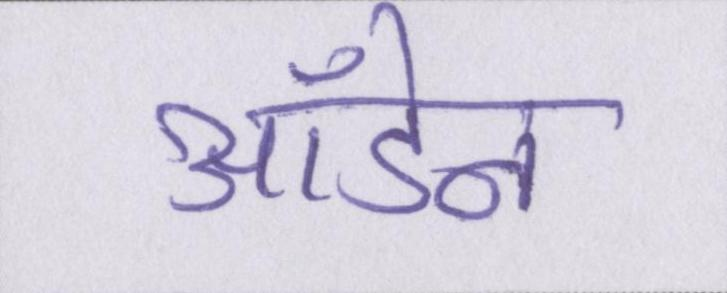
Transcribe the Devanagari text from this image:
ऑडेन